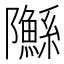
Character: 䧰